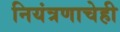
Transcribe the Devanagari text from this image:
नियंत्रणाचेही